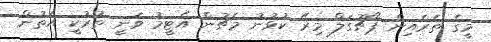
މީގެ ތެރެއިން ޕޯޗުގަލް މިރޭ ކުޅުނު މެޗުން އެޓީމު ވަނީ ތުރުކީ އަތުން